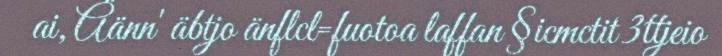
ai, Äänn' äbtjo änflcl=fuotoa laffan §icmctit 3ttjeio